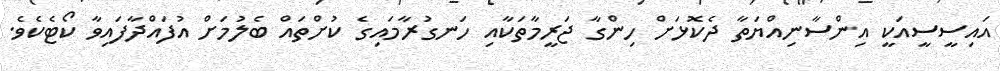
އައިސީސީއަކީ އިންސާނިއްޔަތާ ދެކޮޅަށް ހިންގާ ޖަރީމާތަކާއި ހަނގުރާމައިގެ ކުށްތައް ބެލުމަށް އުފައްދާފައިވާ ކޯޓެކެވެ.